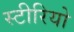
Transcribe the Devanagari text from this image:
स्‍टीरियो